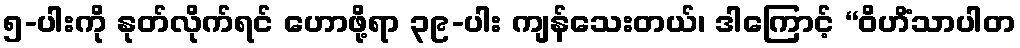
၅-ပါးကို နုတ်လိုက်ရင် ဟောဖို့ရာ ၃၉-ပါး ကျန်သေးတယ်၊ ဒါကြောင့် “ဝိဟိံသာပါတ